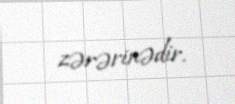
zərərinədir.